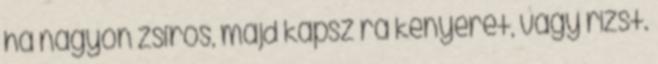
ha nagyon zsíros, majd kapsz rá kenyeret, vagy rizst.